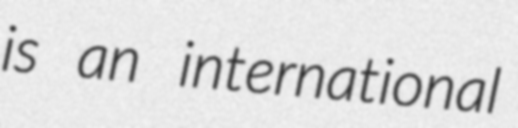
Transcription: is an international